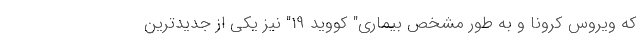
که ویروس کرونا و به طور مشخص بیماری" کووید 19" نیز یکی از جدیدترین